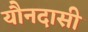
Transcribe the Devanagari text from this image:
यौनदासी